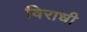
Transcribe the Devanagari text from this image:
विराधी